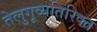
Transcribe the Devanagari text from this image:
तेलुगूव्यतिरिक्त